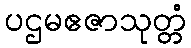
ပဌမဧဇာသုတ္တံ